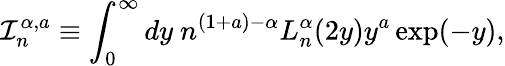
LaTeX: \mathcal{I}_{n}^{\alpha,a}\equiv\int_{0}^{\infty}dy\ n^{(1+a)-\alpha}L_{n}^{\alpha}(2y)y^{a}\exp(-y),